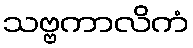
သဗ္ဗကာလိကံ